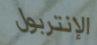
الإنتربول